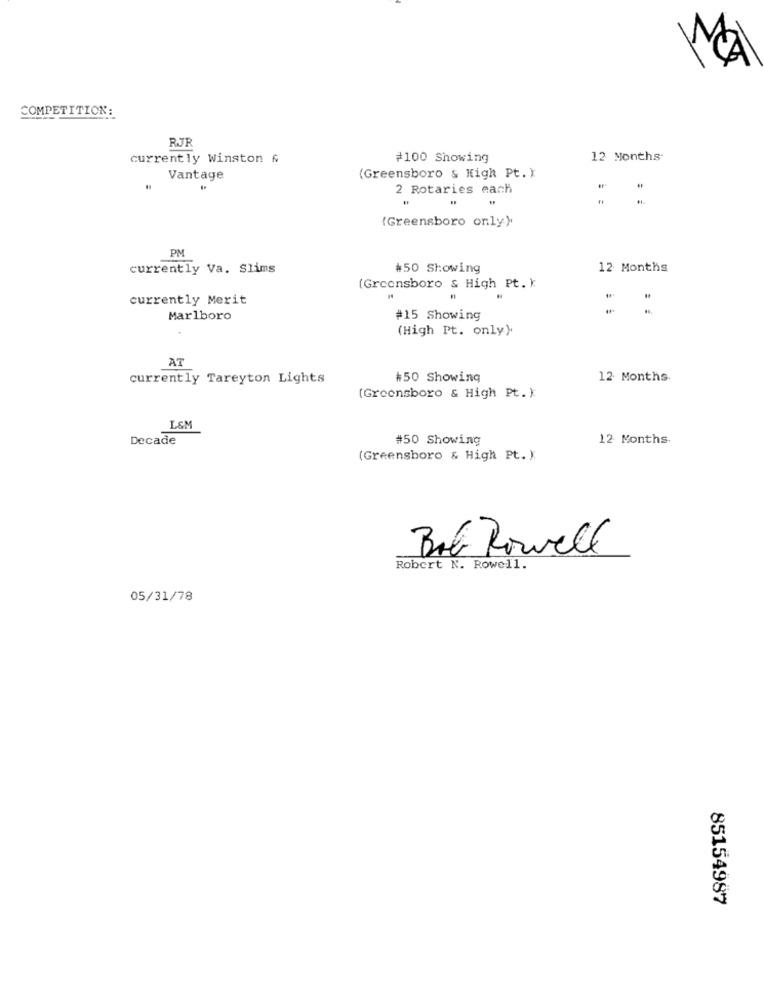
MA
COMPETITION:
RJF
currently Winston &
#100 Showing
12 Months.
(Greensboro & Kigh Pt. )
Vantage
2 Rotaries each
(Greensboro only)
PM
currently Va. Slims
#50 Showing
12 Months
(Greensboro & High Pt. }
currently Merit
Marlboro
#15 Showing
(High Pt. only).
AT
currently Tareyton Lights
#50 Showing
12 Months.
(Greensboro & High Pt. ):
L&M
Decade
#50 Showing
12 Months.
(Greensboro & High Pt. )
Bob Rowell
Robert N. Rowell.
05/31/78
85154987